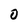
Character: 0